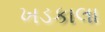
ખડકાલા